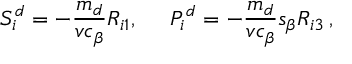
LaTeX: S _ { i } ^ { d } = - \frac { m _ { d } } { v c _ { \beta } } R _ { i 1 } , \; \; \; \; \; P _ { i } ^ { d } = - \frac { m _ { d } } { v c _ { \beta } } s _ { \beta } R _ { i 3 } \, ,